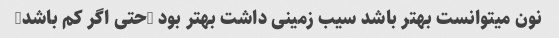
نون میتوانست بهتر باشد سیب زمینی داشت بهتر بود (حتی اگر کم باشد)